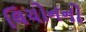
લિયોનનો